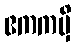
ဧကကမှိ